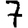
Digit: 7